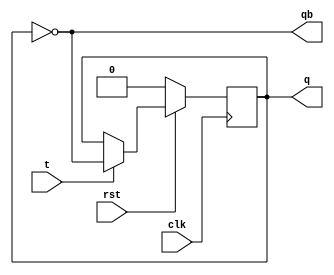
module t_flipflop(t,clk,rst,q,qb);

input t,clk,rst;
output reg q;
output qb;

always @(posedge clk)
begin

if(~rst) begin
	q<=1'b0;
end

else begin
if(t==0)
q<=q;
else
q<=~q;
end

end

assign qb=~q;

endmodule